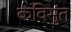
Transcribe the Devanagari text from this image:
कविसुंत